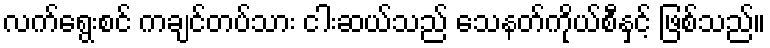
လက်ရွေးစင် ကချင်တပ်သား ငါးဆယ်သည် သေနတ်ကိုယ်စီနှင့် ဖြစ်သည်။